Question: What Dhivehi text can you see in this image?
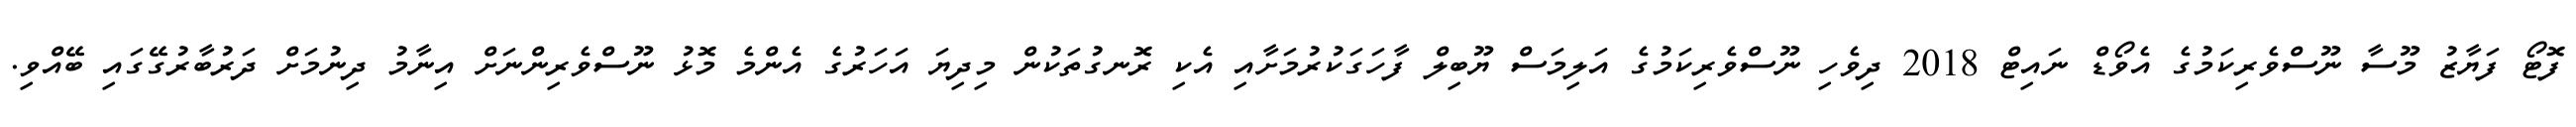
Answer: ފޮޓޯ ފަޔާޒު މޫސާ ނޫސްވެރިކަމުގެ އެވޯޑް ނައިޓް 2018 ދިވެހި ނޫސްވެރިކަމުގެ އަލިމަސް ޔޫބިލް ފާހަގަކުރުމަށާއި އެކި ރޮނގުތަކުން މިދިޔަ އަހަރުގެ އެންމެ މޮޅު ނޫސްވެރިންނަށް އިނާމު ދިނުމަށް ދަރުބާރުގޭގައި ބޭއްވި.